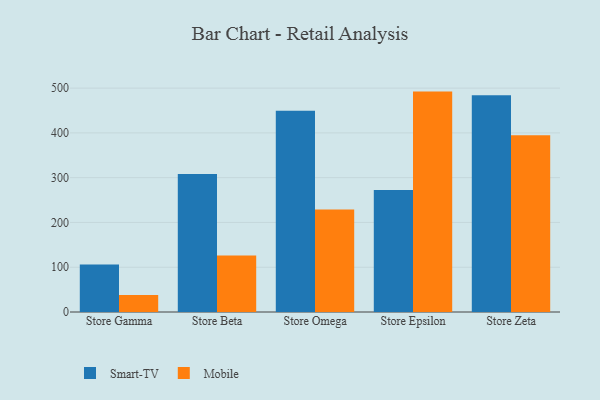
{"axis": {"x": "Store", "y": "Inventory Turnover"}, "legend": ["Mobile", "Smart-TV"], "data": [{"x": "Store Gamma", "y": 106.1, "type": "Smart-TV"}, {"x": "Store Gamma", "y": 37.7, "type": "Mobile"}, {"x": "Store Beta", "y": 308.0, "type": "Smart-TV"}, {"x": "Store Beta", "y": 126.4, "type": "Mobile"}, {"x": "Store Omega", "y": 449.6, "type": "Smart-TV"}, {"x": "Store Omega", "y": 228.9, "type": "Mobile"}, {"x": "Store Epsilon", "y": 272.3, "type": "Smart-TV"}, {"x": "Store Epsilon", "y": 492.2, "type": "Mobile"}, {"x": "Store Zeta", "y": 484.1, "type": "Smart-TV"}, {"x": "Store Zeta", "y": 394.9, "type": "Mobile"}]}